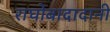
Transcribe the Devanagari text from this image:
राघोबादादानी